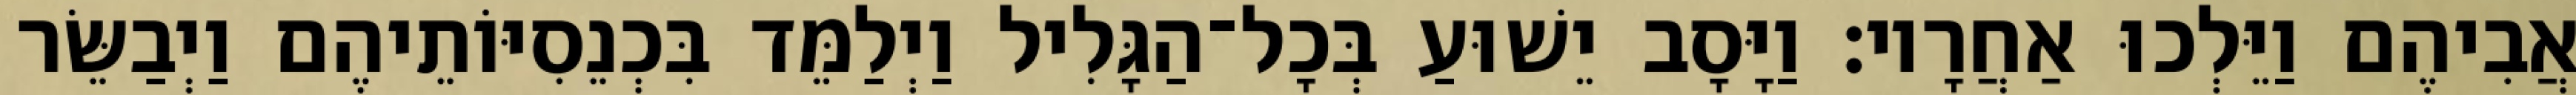
אֲבִיהֶם וַיֵּלְכוּ אַחֲרָיו׃ וַיָּסָב יֵשׁוּעַ בְּכָל־הַגָּלִיל וַיְלַמֵּד בִּכְנֵסִיּוֹתֵיהֶם וַיְבַשֵּׂר